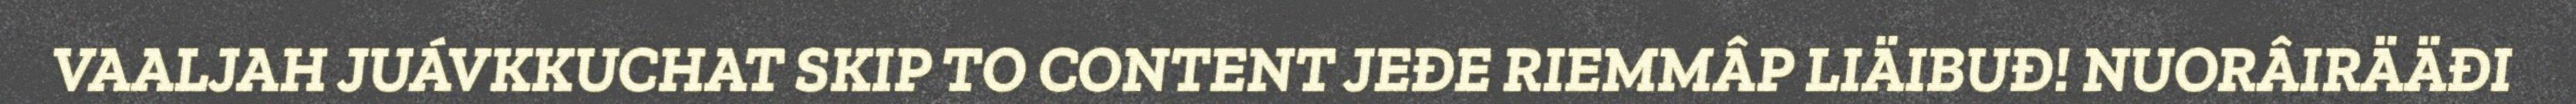
VAALJAH JUÁVKKUCHAT SKIP TO CONTENT JEĐE RIEMMÂP LIÄIBUĐ! NUORÂIRÄÄĐI